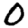
Digit: 0